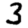
Digit: 3